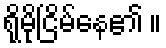
ရိုမိုငြိမ်နေ၏ ။